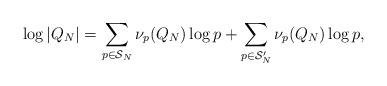
LaTeX: \begin{align*}\log|Q_N| = \sum_{p \in \mathcal{S}_N} \nu_p(Q_N) \log p + \sum_{p \in \mathcal{S}_N^\prime} \nu_p(Q_N) \log p ,\end{align*}